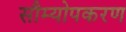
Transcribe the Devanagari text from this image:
सौम्योपकरण